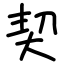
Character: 契